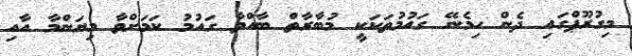
މިގުރޫޕްގައި ދެން ހިމެނޭ ގައުމުތަކަކީ މުބާރާތް ބާއްވާ ގައުމު ކަމަށްވާ މިޔަންމާ އާއި